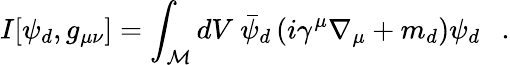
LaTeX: I[\psi_{d},g_{\mu\nu}]=\int_{\cal M}dV~\bar{\psi}_{d}\left(i\gamma^{\mu}\nabla_{\mu}+m_{d}\right)\psi_{d}~~~.